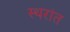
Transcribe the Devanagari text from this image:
स्थरांत